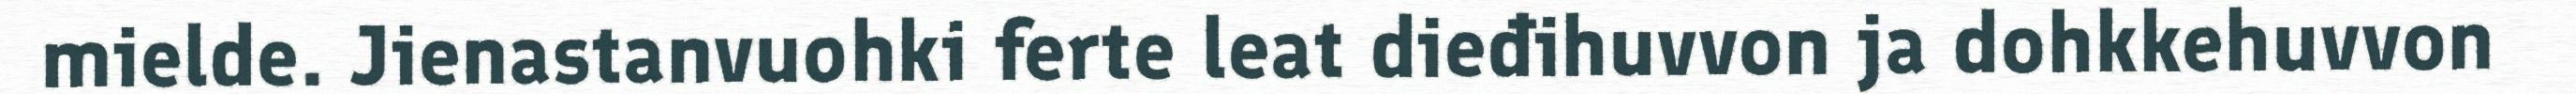
mielde. Jienastanvuohki ferte leat dieđihuvvon ja dohkkehuvvon